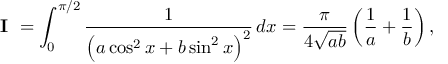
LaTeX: { \textbf { I } } = \int _ { 0 } ^ { \pi / 2 } { \frac { 1 } { \left( a \cos ^ { 2 } x + b \sin ^ { 2 } x \right) ^ { 2 } } } \, d x = { \frac { \pi } { 4 { \sqrt { a b } } } } \left( { \frac { 1 } { a } } + { \frac { 1 } { b } } \right) ,